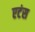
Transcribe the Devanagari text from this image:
एटंस